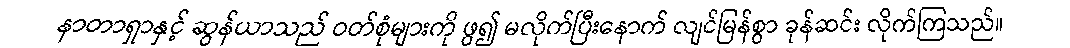
နာတာရှာနှင့် ဆွန်ယာသည် ဝတ်စုံများကို ဖွ၍ မလိုက်ပြီးနောက် လျင်မြန်စွာ ခုန်ဆင်း လိုက်ကြသည်။